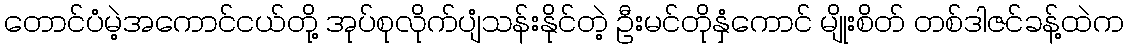
တောင်ပံမဲ့အကောင်ငယ်တို့ အုပ်စုလိုက်ပျံသန်းနိုင်တဲ့ ဦးမင်တိုနှံကောင် မျိုးစိတ် တစ်ဒါဇင်ခန့်ထဲက